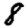
Digit: 8